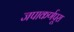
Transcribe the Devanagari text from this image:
जपाकर्णपूरा